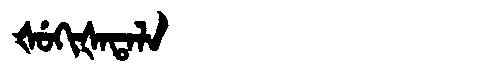
Manchu: ᡧᡠᡴᡳᡧᠠᡨᠠᠯᠠ
Romanization: ŠUKIŠATALA